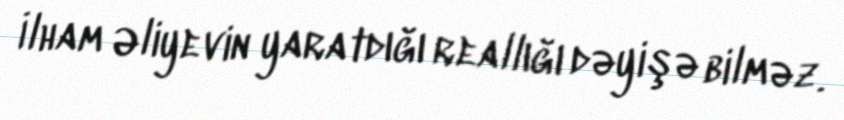
İlham Əliyevin yaratdığı reallığı dəyişə bilməz.